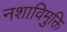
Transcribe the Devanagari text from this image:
नशाविमुक्ति